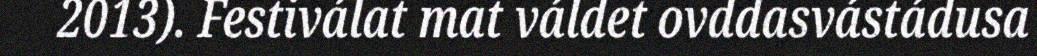
2013). Festiválat mat váldet ovddasvástádusa